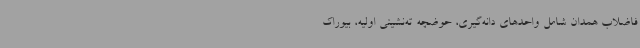
فاضلاب همدان شامل واحدهای دانه‌گیری، حوضچه ته‌نشینی اولیه، بیوراک